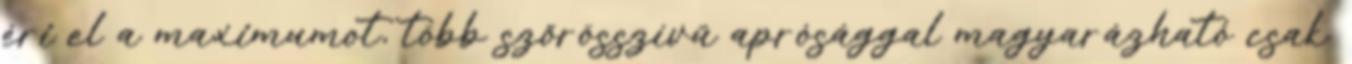
éri el a maximumot, több szőrösszívű aprósággal magyarázható csak.